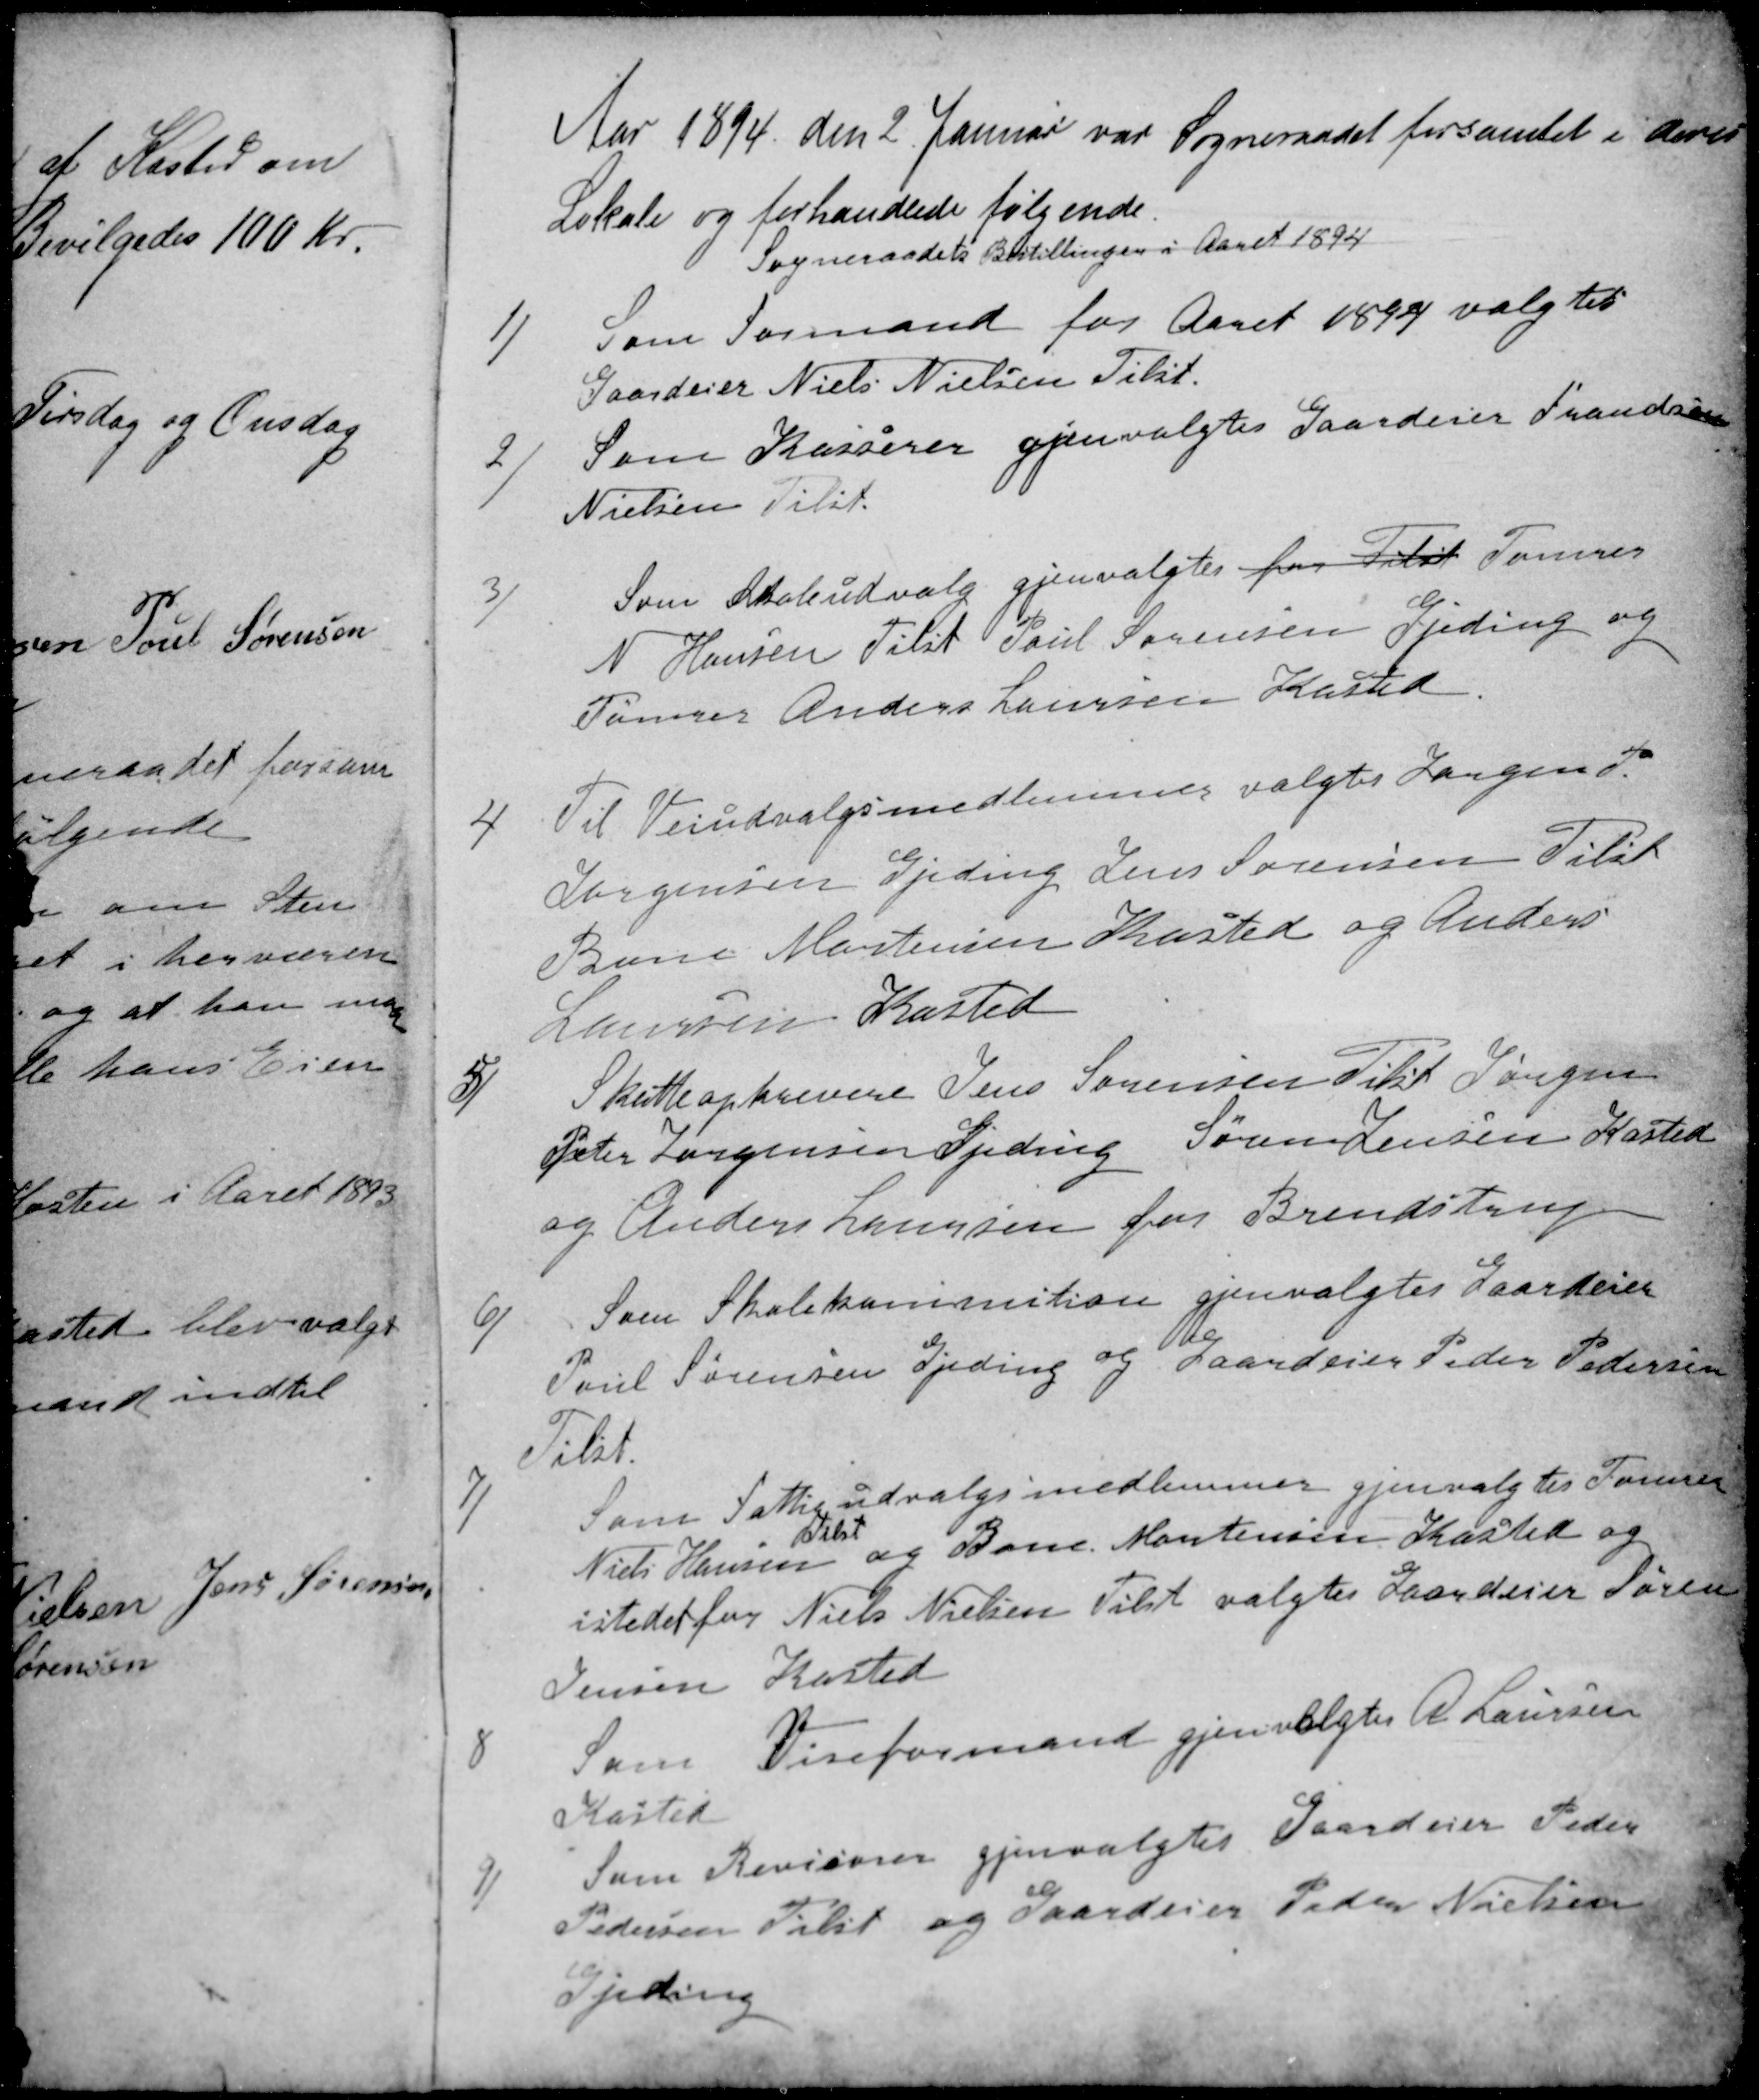
Transskription:
Aar 1894 den 2 Januar var Sogneraadet forsamlet i deres
Lokale og forhandlede følgende.
Sogneraadets Bestillinger i Aaret 1894
1)
Som Formand for Aaret 1894 valgtes
Gaardeier Niels Nielsen Tilst.
2)
Som Kasserer gjenvalgtes Gaardejer Frandsen
Nielsen Tilst.
3)
Som Skoleudvalg gjenvalgtes for Tilst Tømrer
N Hansen Tilst Poul Sørensen Gjeding og
Tømrer Anders Laursen Kasted.
4
Til Veiudvalgsmedlemmer valgtes Jørgen P
Jørgensen Gjeding Jens Sørensen Tilst
Bone Mortensen Kasted og Anders
Laursen Kasted
5/
Skatteopkrevere Jens Sørensen Tilst Jørgen
Peter Jørgensen Gjeding Søren Jensen Kasted
og Anders Laursen for Brendstrup
6)
Som Skolekommition gjenvalgtes Gaardeier
Poul Sørensen Gjeding og Gaardeier Peder Pedersen
Tilst.
7)
Som Fattigudvalgsmedlemmer gjenvalgtes Tømrer
Niels Hansen
Tilst
og Bone Mortensen Kasted og
istedet for Niels Nielsen Tilst valgtes Gaardeier Søren
Jensen Kasted
8
Som Viseformand gjenvalgtes A Laursen
Kasted
9)
Som Revisorer gjenvalgtes Gaardeier Peder
Pedersen Tilst og Gaardejer Peder Nielsen
Gjeding